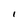
Character: I